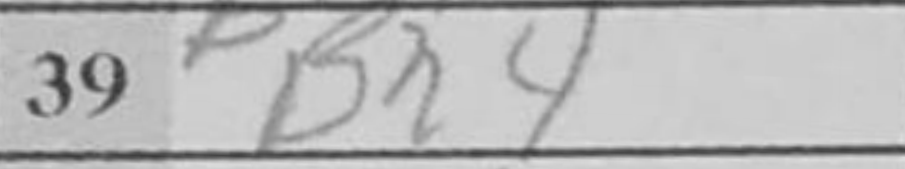
Transcription: Bh4